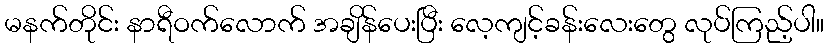
မနက်တိုင်း နာရီဝက်လောက် အချိန်ပေးပြီး လေ့ကျင့်ခန်းလေးတွေ လုပ်ကြည့်ပါ။